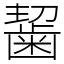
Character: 𪘂